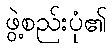
ဖွဲ့စည်းပုံ၏